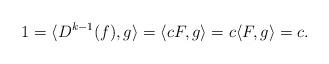
LaTeX: \begin{align*}1=\langle D^{k-1}(f), g\rangle=\langle cF, g \rangle=c\langle F, g\rangle=c.\end{align*}